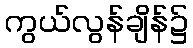
ကွယ်လွန်ချိန်၌